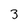
Character: 3